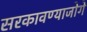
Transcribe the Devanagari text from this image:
सरकावण्याजोगे